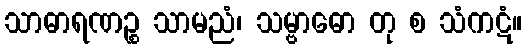
သာဓာရဏဉ္စ သာမညံ၊ သမ္ဗာဓော တု စ သံကဋံ။